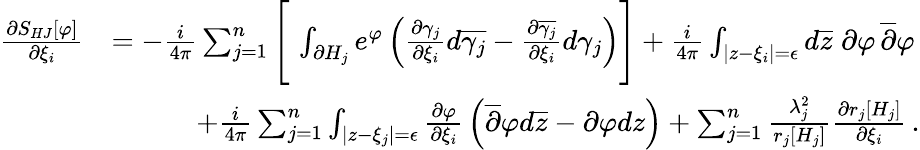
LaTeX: \begin{array}{rl}{{\frac{\partial S_{HJ}[\varphi]}{\partial\xi_{i}}}}&{=-{\frac{i}{4\pi}}\sum_{j=1}^{n}\Bigg[\, \int_{\partial H_{j}}e^{\varphi}\left({\frac{\partial\gamma_{j}}{\partial\xi_{i}}}d\overline{{\gamma_{j}}}-{\frac{\partial\overline{{\gamma_{j}}}}{\partial\xi_{i}}}d\gamma_{j}\right)\Bigg]+{\frac{i}{4\pi}}\int_{|z-\xi_{i}|=\epsilon}d\overline{{z}}\; \partial\varphi\, \overline{{\partial}}\varphi}\\ &{\quad\quad\quad+{\frac{i}{4\pi}}\sum_{j=1}^{n}\int_{|z-\xi_{j}|=\epsilon}{\frac{\partial\varphi}{\partial\xi_{i}}}\left(\overline{{\partial}}\varphi d\overline{{z}}-\partial\varphi dz\right)+\sum_{j=1}^{n}{\frac{\lambda_{j}^{2}}{r_{j}[H_{j}]}}{\frac{\partial r_{j}[H_{j}]}{\partial\xi_{i}}}\, .}\end{array}